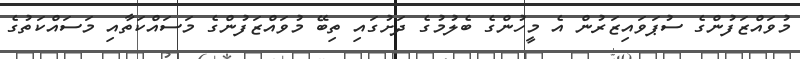
މުވައްޒަފުންގެ ސުޕަވައިޒަރުން އެ މީހުންގެ ބެލުމުގެ ދަށުގައި ތިބޭ މުވައްޒަފުންގެ މަސައްކަތާއި މަސައްކަތުގެ